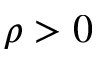
\rho > 0